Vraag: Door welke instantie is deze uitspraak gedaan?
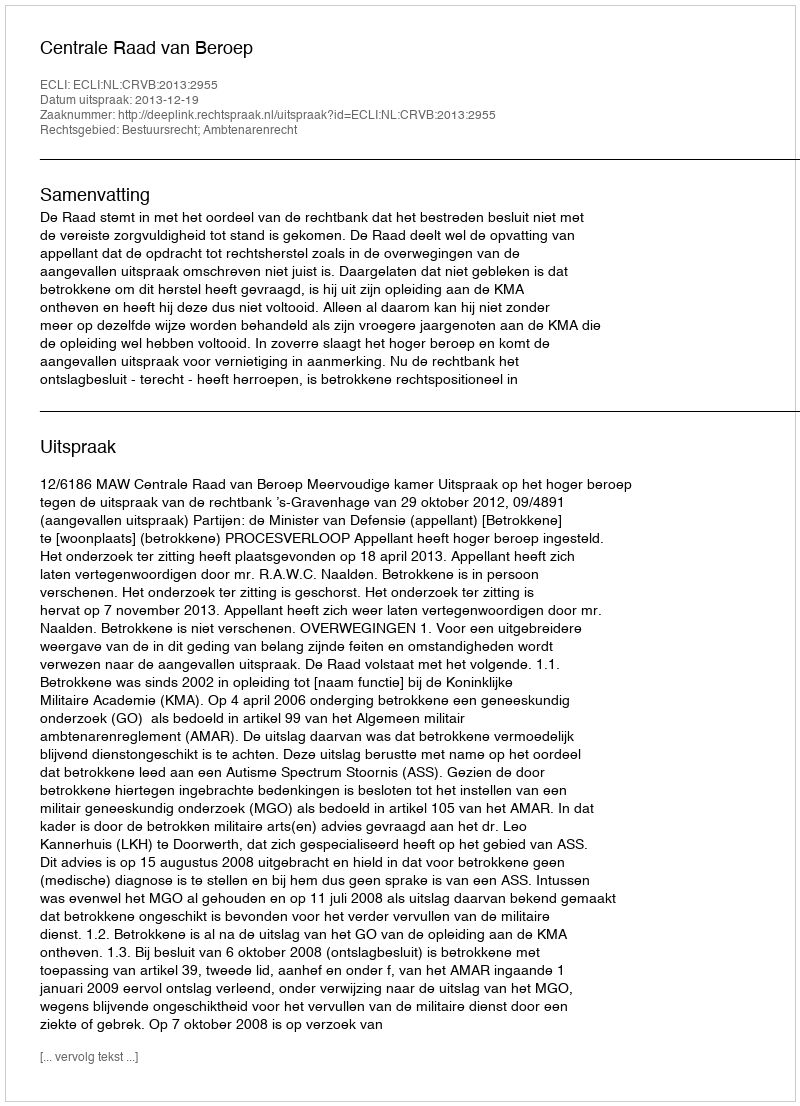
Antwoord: Centrale Raad van Beroep